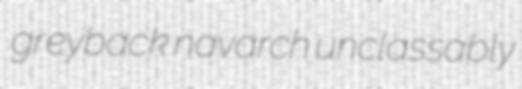
greyback navarch unclassably